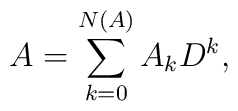
A = \sum_{k=0}^{N(A)} A_k D^k,